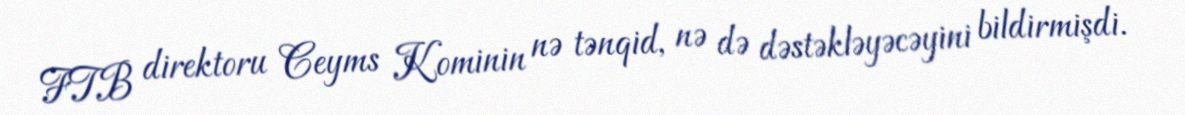
FTB direktoru Ceyms Kominin nə tənqid, nə də dəstəkləyəcəyini bildirmişdi.